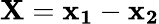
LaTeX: \mathbf{X}=\mathbf{x_{1}}-\mathbf{x_{2}}